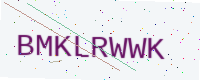
Text: BMKLRWWK